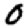
Digit: 0